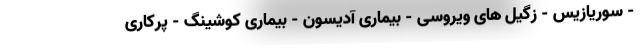
- سوریازیس - زگیل های ویروسی - بیماری آدیسون - بیماری کوشینگ - پرکاری